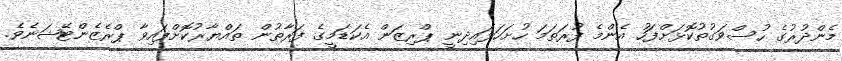
މެންދުރުގެ ހުސްވަގުތުކޮޅަށްފަހު އެންމެ ފުރަތަމަ ހުށަހަޅައިދިނީ ޕްރިޒަން އެކަޑަމީގެ ފަރާތުން ތައްޔާރުކޮށްފައިވާ ޕްރެޒެންޓޭޝަނެވެ.